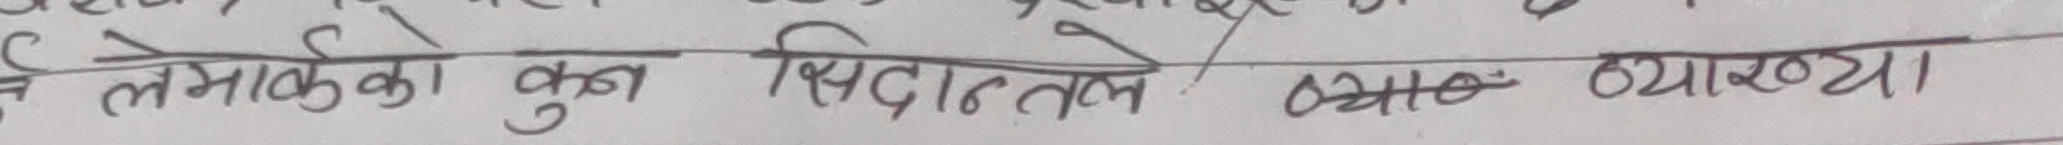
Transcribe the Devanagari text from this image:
लेमार्क को कुन सिद्धान्तले व्याख्या